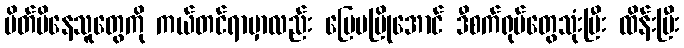
ပိတ်မိနေသူတွေကို ကယ်တင်ရာမှာလည်း မြေမပြိုအောင် ဒီစက်ရုပ်တွေသုံးပြီး ထိန်းပြီး